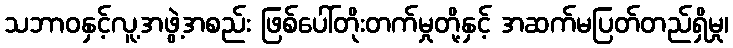
သဘာဝနှင့်လူ့အဖွဲ့အစည်း ဖြစ်ပေါ်တိုးတက်မှုတို့နှင့် အဆက်မပြတ်တည်ရှိမှု၊